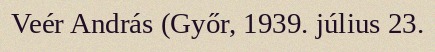
Veér András (Győr, 1939. július 23.